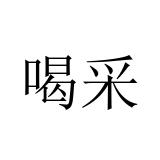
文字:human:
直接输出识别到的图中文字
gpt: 喝采